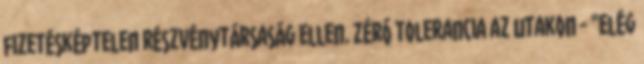
fizetésképtelen részvénytársaság ellen. Zéró tolerancia az utakon - "Elég